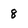
Character: 8